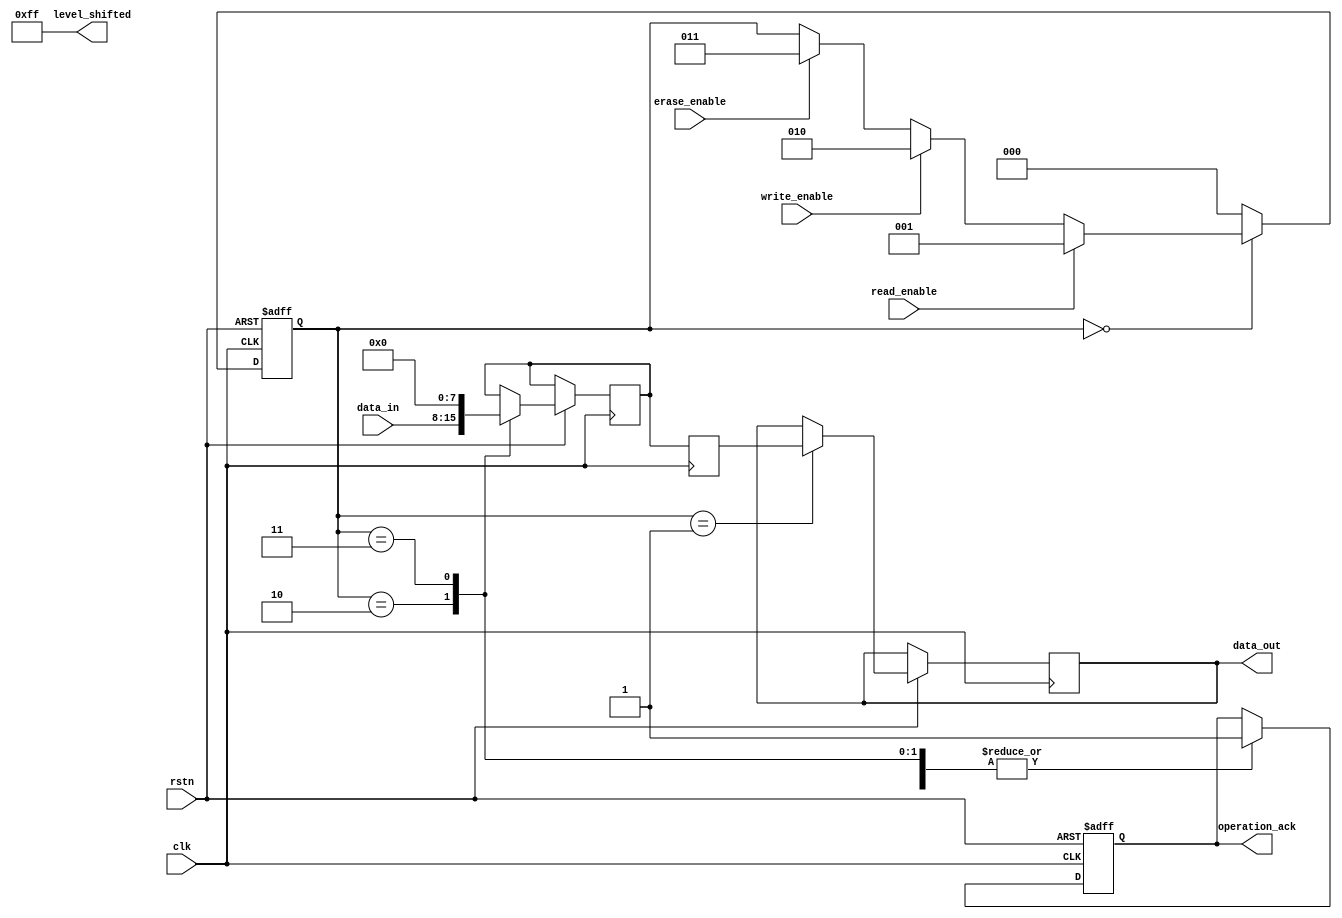
module PCM_IO_Block (
    input wire clk,                      // Main clock signal
    input wire rstn,                     // Active low reset
    input wire [DATA_WIDTH-1:0] data_in, // Data input
    output reg [DATA_WIDTH-1:0] data_out,// Data output
    input wire read_enable,              // Read control signal
    input wire write_enable,             // Write control signal
    input wire erase_enable,             // Erase control signal
    output reg operation_ack,            // Operation acknowledgment
    output wire [DATA_WIDTH-1:0] level_shifted // Shifted voltage signal
);

parameter DATA_WIDTH = 8; // Parameter for data width

// Internal signals
reg [DATA_WIDTH-1:0] buffer;           // Data buffer
reg [2:0] state;                        // State machine for control logic
reg [DATA_WIDTH-1:0] read_amp;         // Read amplifier output
reg temperature;                       // Temperature status
reg power_management;                  // Power management signals

// State machine states
localparam IDLE = 3'b000,
           READ = 3'b001,
           WRITE = 3'b010,
           ERASE = 3'b011;

// Control Logic - State Machine
always @(posedge clk or negedge rstn) begin
    if (!rstn) begin
        state <= IDLE;
        operation_ack <= 1'b0;
    end else begin
        case (state)
            IDLE: begin
                if (read_enable) begin
                    state <= READ;
                end else if (write_enable) begin
                    state <= WRITE;
                end else if (erase_enable) begin
                    state <= ERASE;
                end
            end
            READ: begin
                data_out <= read_amp; // Output data from read amplifier
                operation_ack <= 1'b1;
                state <= IDLE;
            end
            WRITE: begin
                buffer <= data_in; // Buffer the input data
                // Write driver operations would go here
                operation_ack <= 1'b1;
                state <= IDLE;
            end
            ERASE: begin
                buffer <= {DATA_WIDTH{1'b0}}; // Erasing data (setting to 0)
                operation_ack <= 1'b1;
                state <= IDLE;
            end
            default: state <= IDLE;
        endcase
    end
end

// Read Amplifier Logic (Placeholder)
always @(posedge clk) begin
    // Simulate amplification
    read_amp <= buffer; // Normally this will include amplification logic
end

// Voltage Level Shifter Logic (Placeholder)
assign level_shifted = {DATA_WIDTH{1'b1}}; // Placeholder for level shifting logic

// Write Driver (placeholder for driver logic, typically includes DAC/PWM)
always @(posedge clk) begin
    if (write_enable) begin
        // Write logic to change phase of the PCM cells
    end
end

// Power Management (Placeholder)
always @(posedge clk or negedge rstn) begin
    if (!rstn) begin
        power_management <= 1'b0; // Reset power management
    end else begin
        if (state == IDLE) begin
            power_management <= 1'b1; // Enable low power mode
        end else begin
            power_management <= 1'b0; // Active mode
        end
    end
end

// Thermal Management (Placeholder)
always @(posedge clk) begin
    // Monitor temperature and adjust power levels accordingly
    // Placeholder for temperature management logic
end

endmodule